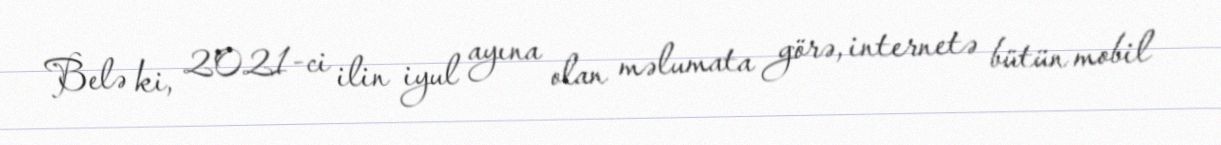
Belə ki, 2021-ci ilin iyul ayına olan məlumata görə, internetə bütün mobil